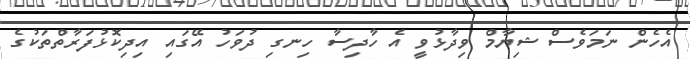
އެހެން ނަމަވެސް ޝިޔާމް ވިދާޅުވީ އެ ހާދިސާ ހިނގި ދުވަހު އޭގައި އިދިކޮޅުފަރާތްތަކުގެ